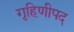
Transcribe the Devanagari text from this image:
गृहिणीपद